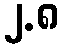
၂.၈